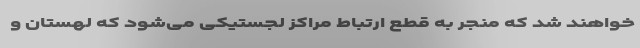
خواهند شد که منجر به قطع ارتباط مراکز لجستیکی می‌شود که لهستان و